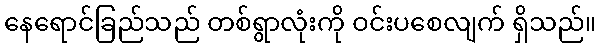
နေရောင်ခြည်သည် တစ်ရွာလုံးကို ဝင်းပစေလျက် ရှိသည်။